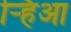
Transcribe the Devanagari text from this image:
र्‍हिआ